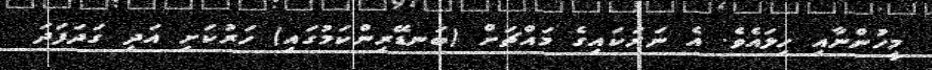
މީހުންނާއި ހިލައެވެ. އެ ނަރަކައިގެ މައްޗަށް (ބަނޑޭރިންކަމުގައި) ހަރުކަށި އަދި ގަދަފަދަ